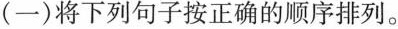
(一)将下列句子按正确的顺序排列。